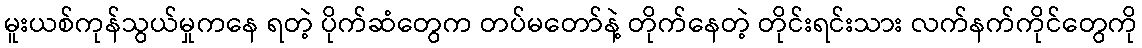
မူးယစ်ကုန်သွယ်မှုကနေ ရတဲ့ ပိုက်ဆံတွေက တပ်မတော်နဲ့ တိုက်နေတဲ့ တိုင်းရင်းသား လက်နက်ကိုင်တွေကို